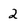
Character: 2